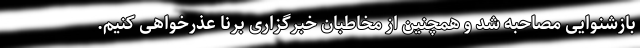
بازشنوایی مصاحبه شد و همچنین از مخاطبان خبرگزاری برنا عذرخواهی کنیم.